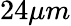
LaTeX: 24\mu m